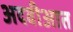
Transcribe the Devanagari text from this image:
अदवीआत